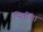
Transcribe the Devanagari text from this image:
भितीचा